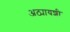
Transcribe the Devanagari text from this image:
अठ्यायशी